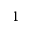
1